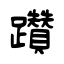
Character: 躦